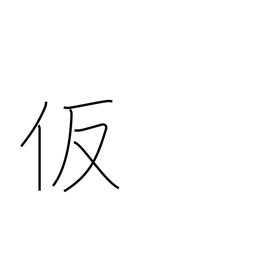
Meaning: assumed (name)